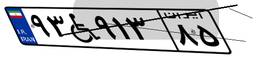
۹۳W۹۱۳۸۵